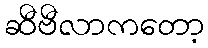
ဆီဗီလာကတော့